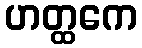
ဟတ္ထကေ